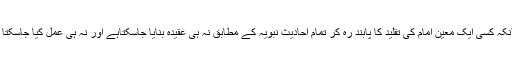
حالانکہ کسی ایک معیّن امام کی تقلید کا پابند رہ کر تمام احادیث نبویہ کے مطابق نہ ہی عقیدہ بنایا جاسکتاہے اور نہ ہی عمل کیا جاسکتا ہے۔